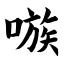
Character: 嗾